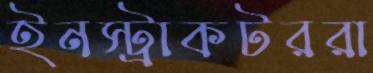
ইনস্ট্রাকটররা